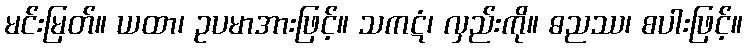
မင်းမြတ်။ ယထာ၊ ဥပမာအားဖြင့်။ သကဋံ၊ လှည်းကို။ ဓညဿ၊ စပါးဖြင့်။